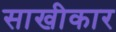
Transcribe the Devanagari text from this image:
साखीकार